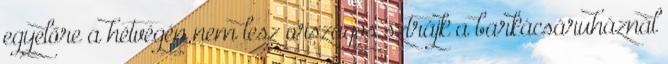
egyelőre a hétvégén nem lesz országos sztrájk a barkácsáruháznál